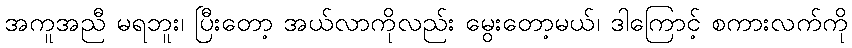
အကူအညီ မရဘူး၊ ပြီးတော့ အယ်လာကိုလည်း မွေးတော့မယ်၊ ဒါကြောင့် စကားလက်ကို